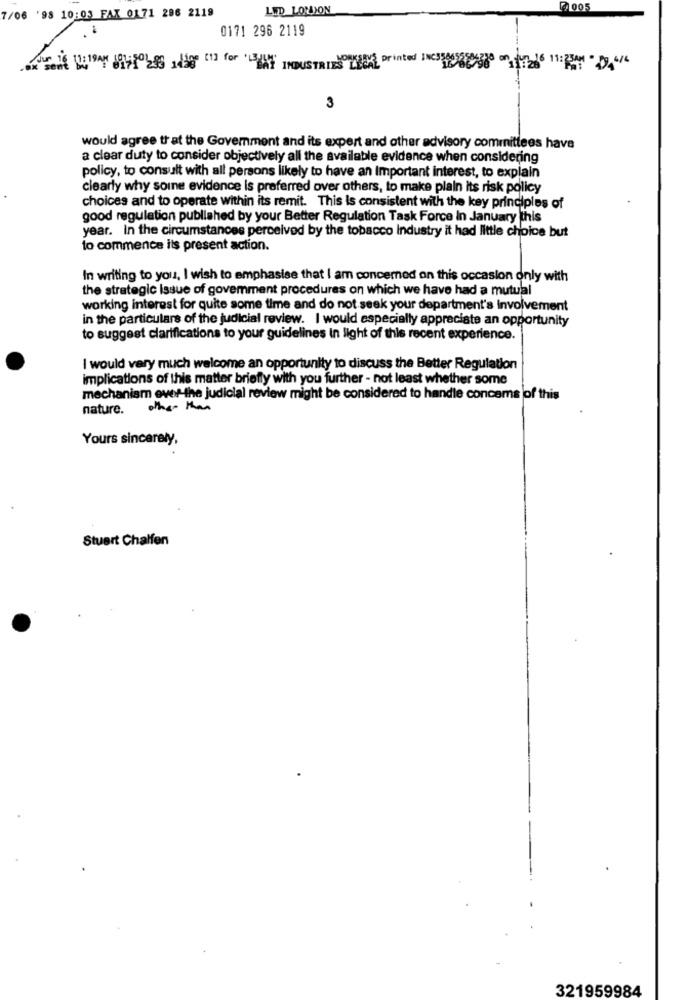
LED LOLYON
@ 005
7/06 '98 10:03 FAX 0171 286 2119
0171 296 2119
3
would agree that the Government and its expert and other advisory committees have
a clear duty to consider objectively all the available evidence when considering
policy, to consult with all persons likely to have an Important interest, to explain
clearly why soine evidence is preferred over others, to make plain its risk policy
choices and to operate within its remit. This Is consistent with the key principles of
good regulation published by your Better Regulation Task Force In January this
year. In the circumstances perceived by the tobacco Industry it had little choice but
to commence its present action.
In writing to you, I wish to emphasise that I am concerned on this occasion only with
the strategic Issue of govemment procedures on which we have had a mutual
working interest for quite some time and do not seek your department's involvement
in the particulars of the judicial review. I would especially appreciate an opportunity
to suggest clarifications to your guidelines in light of this recent experience.
I would very much welcome an opportunity to discuss the Better Regulation
implications of this matter briefly with you further - not least whether some
mechanism over-the judicial review might be considered to handle concems of this
nature. other than
Yours sincerely,
Stuart Chalfen
321959984